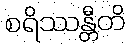
စရိဿန္တီတိ